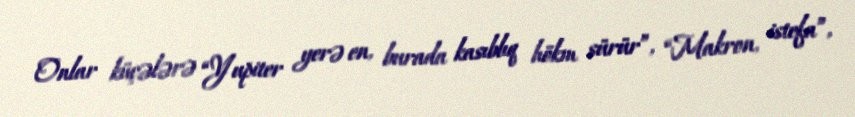
Onlar küçələrə “Yupiter yerə en, burada kasıblıq hökm sürür”, “Makron, istefa”,